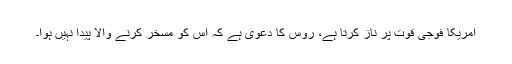
امریکا فوجی قوت پر ناز کرتا ہے، روس کا دعویٰ ہے کہ اس کو مسخر کرنے والا پیدا نہیں ہوا۔